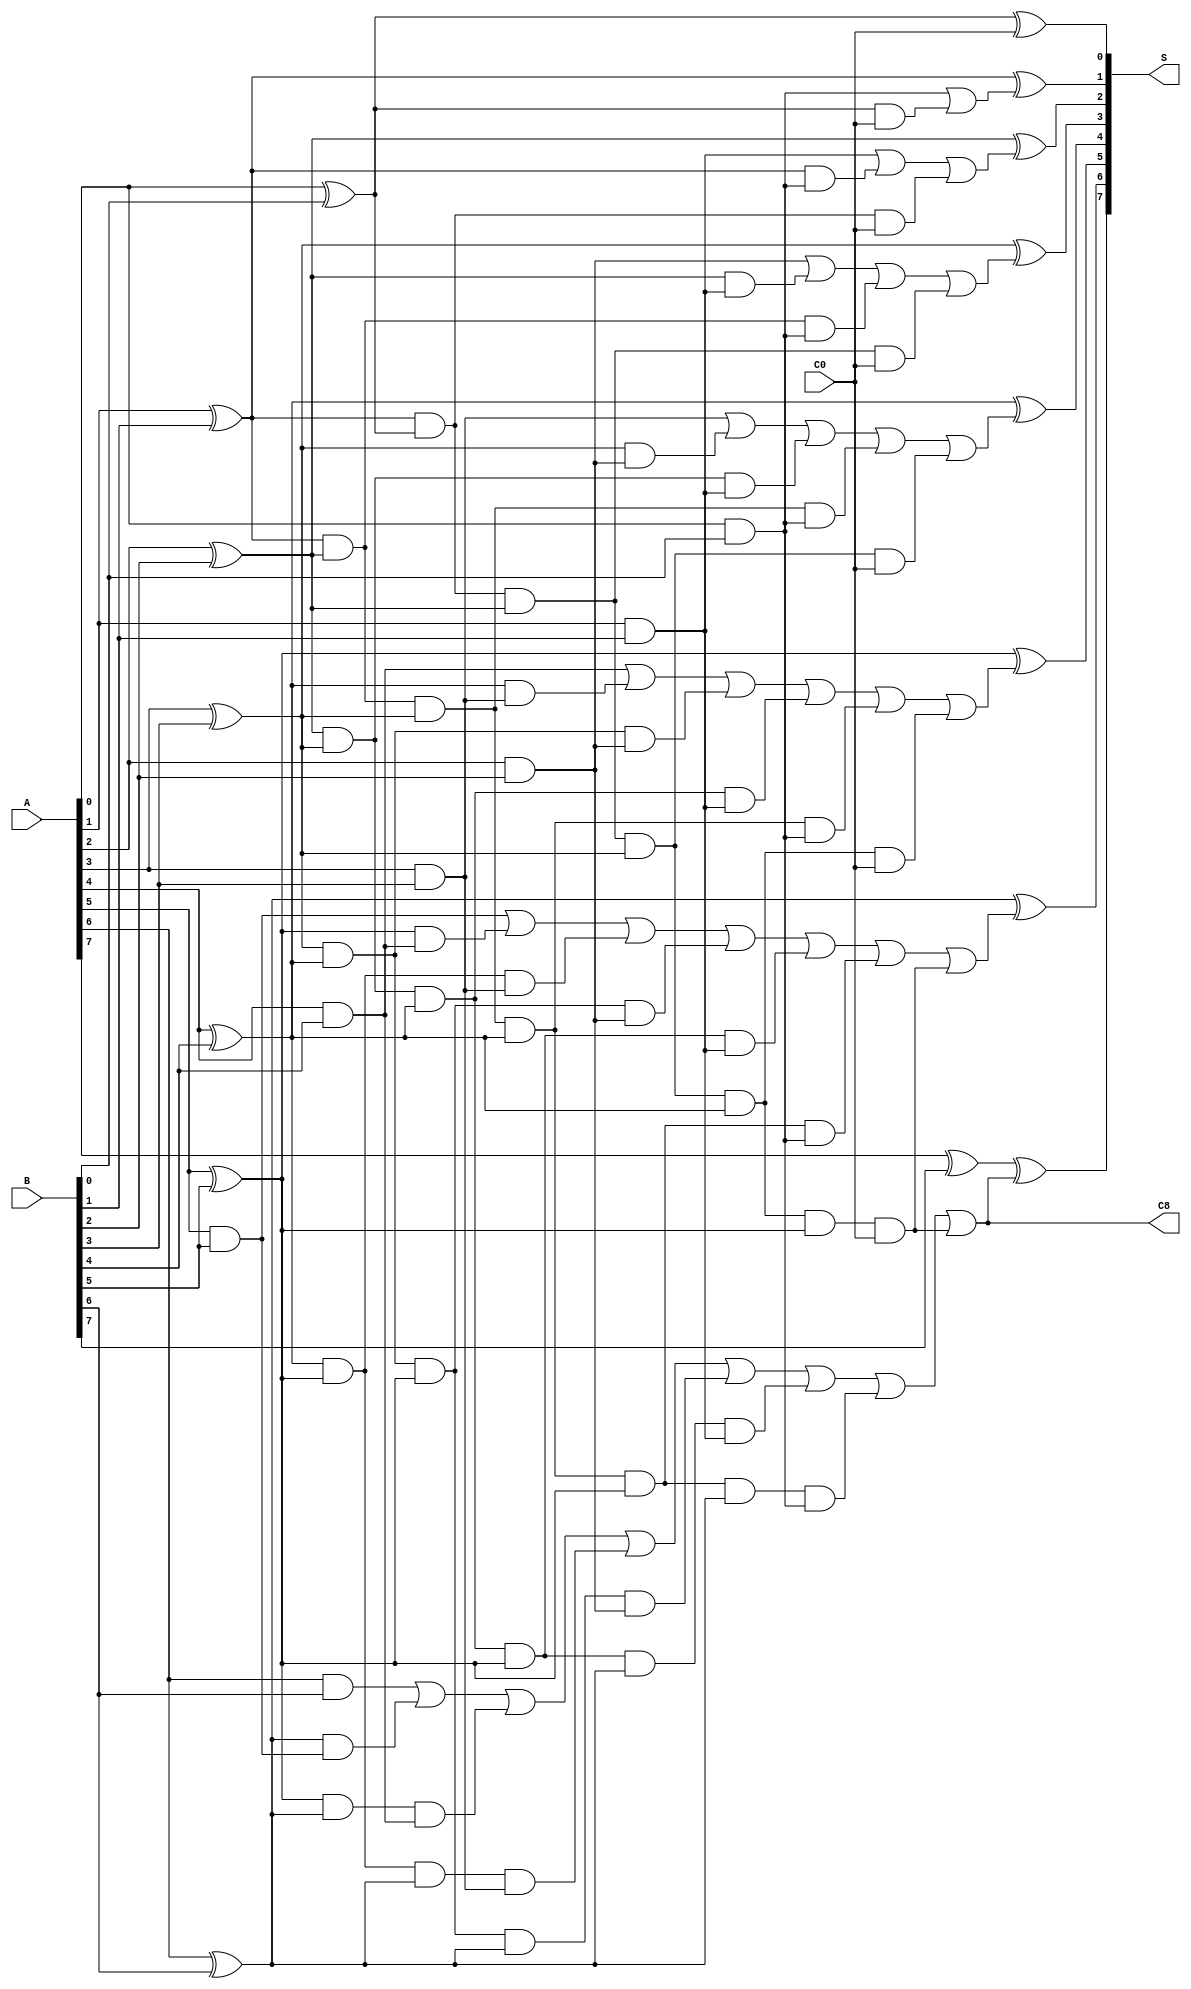
module carry_look_ahead_adder(A,B,C0,S,C8);
    input[7:0] A, B;
    input C0;
    output [7:0] S;
    output C8;
    
    wire P0, P1, P2, P3, P4, P5, P6, P7, G0, G1, G2, G3, G4, G5, G6, G7, C0, C1, C2, C3, C4, C5, C6, C7;
    
    xor x0 (P0, A[0], B[0]);
    xor x1 (P1, A[1], B[1]);
    xor x2 (P2, A[2], B[2]);
    xor x3 (P3, A[3], B[3]);
    xor x4 (P4, A[4], B[4]);
    xor x5 (P5, A[5], B[5]);
    xor x6 (P6, A[6], B[6]);
    xor x7 (P7, A[7], B[7]);

    and a0 (G0, A[0], B[0]);
    and a1 (G1, A[1], B[1]);
    and a2 (G2, A[2], B[2]);
    and a3 (G3, A[3], B[3]);
    and a4 (G4, A[4], B[4]);
    and a5 (G5, A[5], B[5]);
    and a6 (G6, A[6], B[6]);
    and a7 (G7, A[7], B[7]);

    assign C1 = G0 | (P0 & C0), 
    C2 = G1 | (P1 & G0) | (P1 & P0 & C0), 
    C3 = G2 | (P2 & G1) | (P1 & P2 & G0) | (P0 & P1 & P2 & C0), 
    C4 = G3 | (P3 & G2) | (P2 & P3 & G1) | (P1 & P2 & P3 & G0) | (P0 & P1 & P2 & P3 & C0), 
    C5 = G4 | (P4 & G3) | (P3 & P4 & G2) | (P2 & P3 & P4 & G1) | (P1 & P2 & P3 & P4 & G0) | (P0 & P1 & P2 & P3 & P4 & C0), 
    C6 = G5 | (P5 & G4) | (P4 & P5 & G3) | (P3 & P4 & P5 & G2) | (P2 & P3 & P4 & P5 & G1) | (P1 & P2 & P3 & P4 & P5 & G0) | (P0 & P1 & P2 & P3 & P4 & P5 & C0), 
    C7 = G6 | (P6 & G5) | (P5 & P6 & G4) | (P4 & P5 & P6 & G3) | (P3 & P4 & P5 & P6 & G2) | (P2 & P3 & P4 & P5 & P6 & G1) | (P1 & P2 & P3 & P4 & P5 & P6 & G0) | (P0 & P1 & P2 & P3 & P4 & P5 & C0);
    
    assign C8 = C7;

    xor x8 (S[0], P0, C0);
    xor x9 (S[1], P1, C1);
    xor x10 (S[2], P2, C2);
    xor x11 (S[3], P3, C3);
    xor x12 (S[4], P4, C4);
    xor x13 (S[5], P5, C5);
    xor x14 (S[6], P6, C6);
    xor x15 (S[7], P7, C7);

endmodule